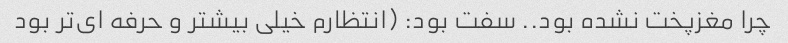
چرا مغزپخت نشده بود.. سفت بود: (انتظارم خیلی بیشتر و حرفه ای‌تر بود